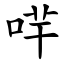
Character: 哶